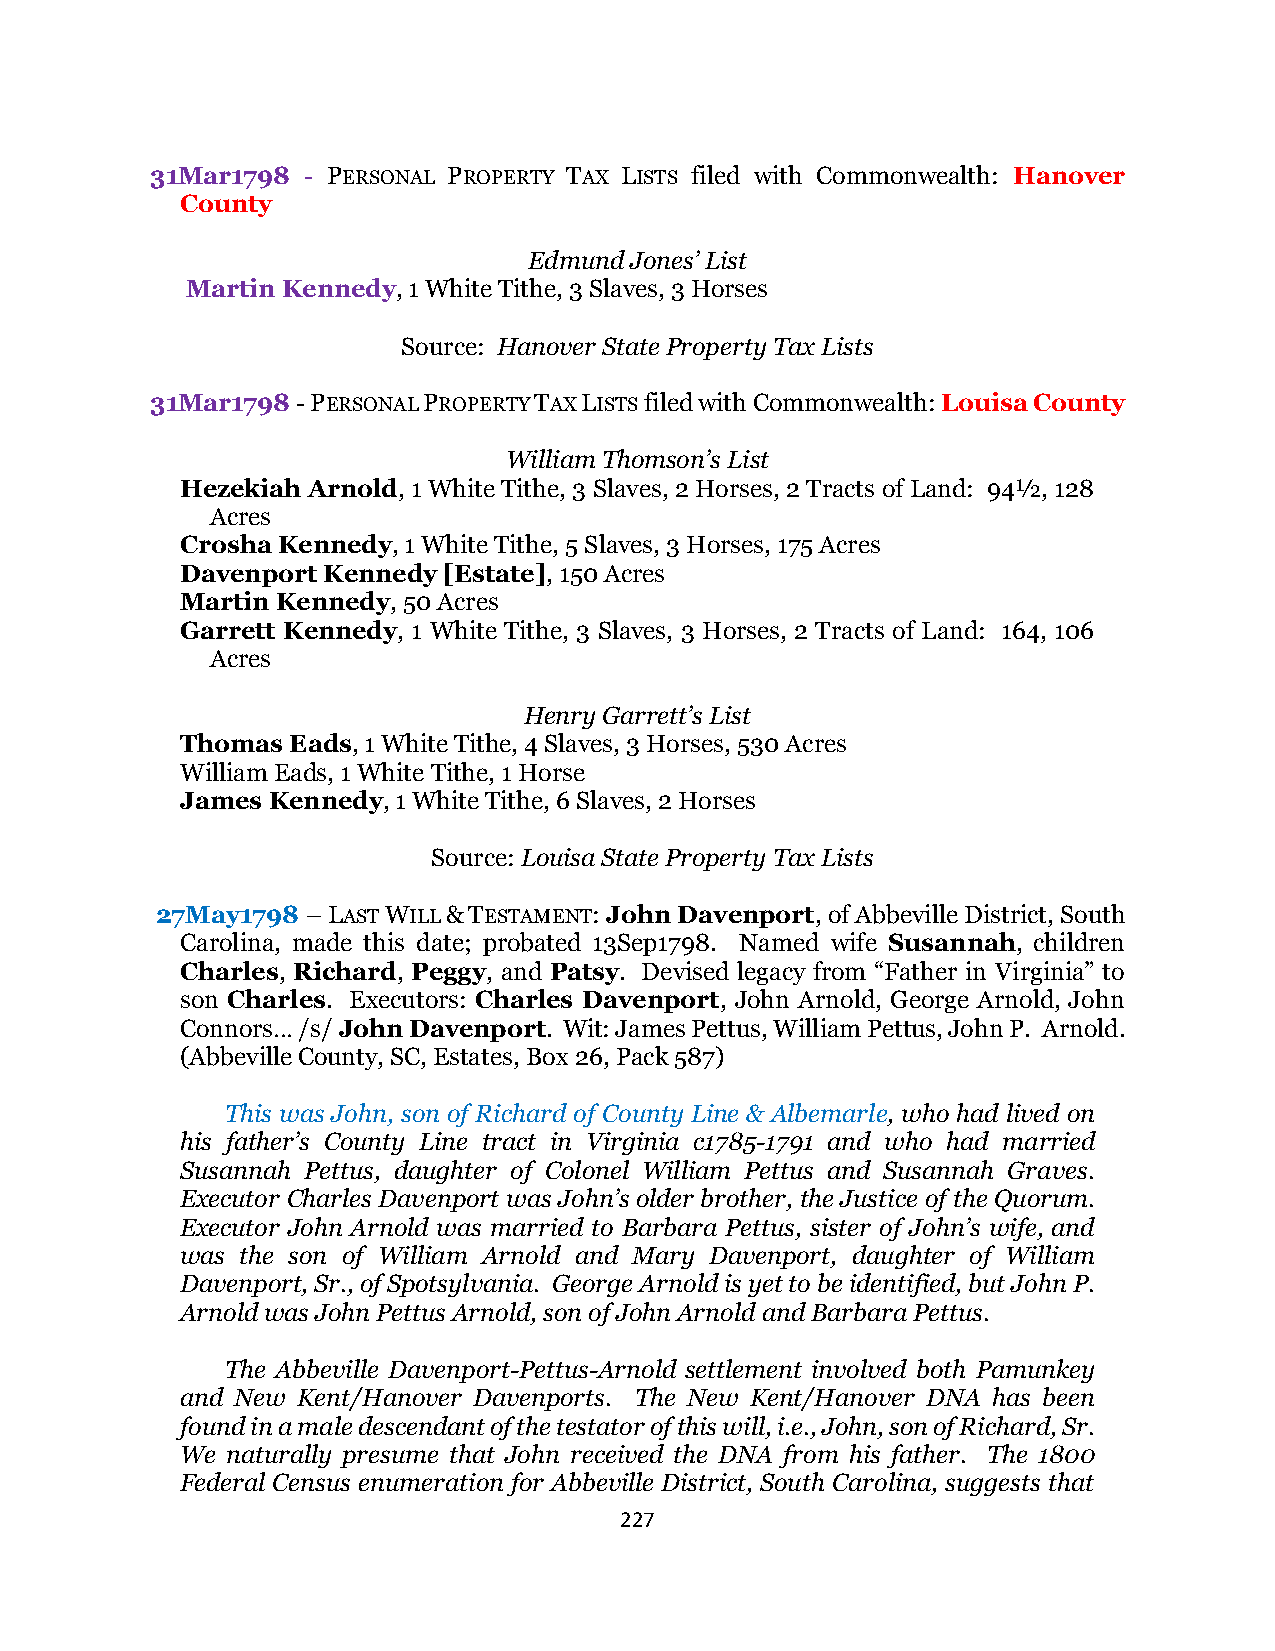
31Mar1798 - PERSONAL PROPERTY TAX LISTS filed with Commonwealth: Hanover
 County
 Edmund Jones’ List
 Martin Kennedy, 1 White Tithe, 3 Slaves, 3 Horses
 Source: Hanover State Property Tax Lists
 31Mar1798 - PERSONAL PROPERTY TAX LISTS filed with Commonwealth: Louisa County
 William Thomson’s List
 Hezekiah Arnold, 1 White Tithe, 3 Slaves, 2 Horses, 2 Tracts of Land: 94½, 128
 Acres
 Crosha Kennedy, 1 White Tithe, 5 Slaves, 3 Horses, 175 Acres
 Davenport Kennedy [Estate], 150 Acres
 Martin Kennedy, 50 Acres
 Garrett Kennedy, 1 White Tithe, 3 Slaves, 3 Horses, 2 Tracts of Land: 164, 106
 Acres
 Henry Garrett’s List
 Thomas Eads, 1 White Tithe, 4 Slaves, 3 Horses, 530 Acres
 William Eads, 1 White Tithe, 1 Horse
 James Kennedy, 1 White Tithe, 6 Slaves, 2 Horses
 Source: Louisa State Property Tax Lists
 27May1798 – LAST WILL & TESTAMENT: John Davenport, of Abbeville District, South
 Carolina, made this date; probated 13Sep1798. Named wife Susannah, children
 Charles, Richard, Peggy, and Patsy. Devised legacy from “Father in Virginia” to
 son Charles. Executors: Charles Davenport, John Arnold, George Arnold, John
 Connors… /s/ John Davenport. Wit: James Pettus, William Pettus, John P. Arnold.
 (Abbeville County, SC, Estates, Box 26, Pack 587)
 This was John, son of Richard of County Line & Albemarle, who had lived on
 his father’s County Line tract in Virginia c1785-1791 and who had married
 Susannah Pettus, daughter of Colonel William Pettus and Susannah Graves.
 Executor Charles Davenport was John’s older brother, the Justice of the Quorum.
 Executor John Arnold was married to Barbara Pettus, sister of John’s wife, and
 was the son of William Arnold and Mary Davenport, daughter of William
 Davenport, Sr., of Spotsylvania. George Arnold is yet to be identified, but John P.
 Arnold was John Pettus Arnold, son of John Arnold and Barbara Pettus.
 The Abbeville Davenport-Pettus-Arnold settlement involved both Pamunkey
 and New Kent/Hanover Davenports. The New Kent/Hanover DNA has been
 found in a male descendant of the testator of this will, i.e., John, son of Richard, Sr.
 We naturally presume that John received the DNA from his father. The 1800
 Federal Census enumeration for Abbeville District, South Carolina, suggests that
 227